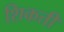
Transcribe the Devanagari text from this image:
शिकती